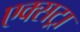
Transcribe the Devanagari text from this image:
एक्‍सट्रा